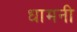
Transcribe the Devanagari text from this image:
धामनी